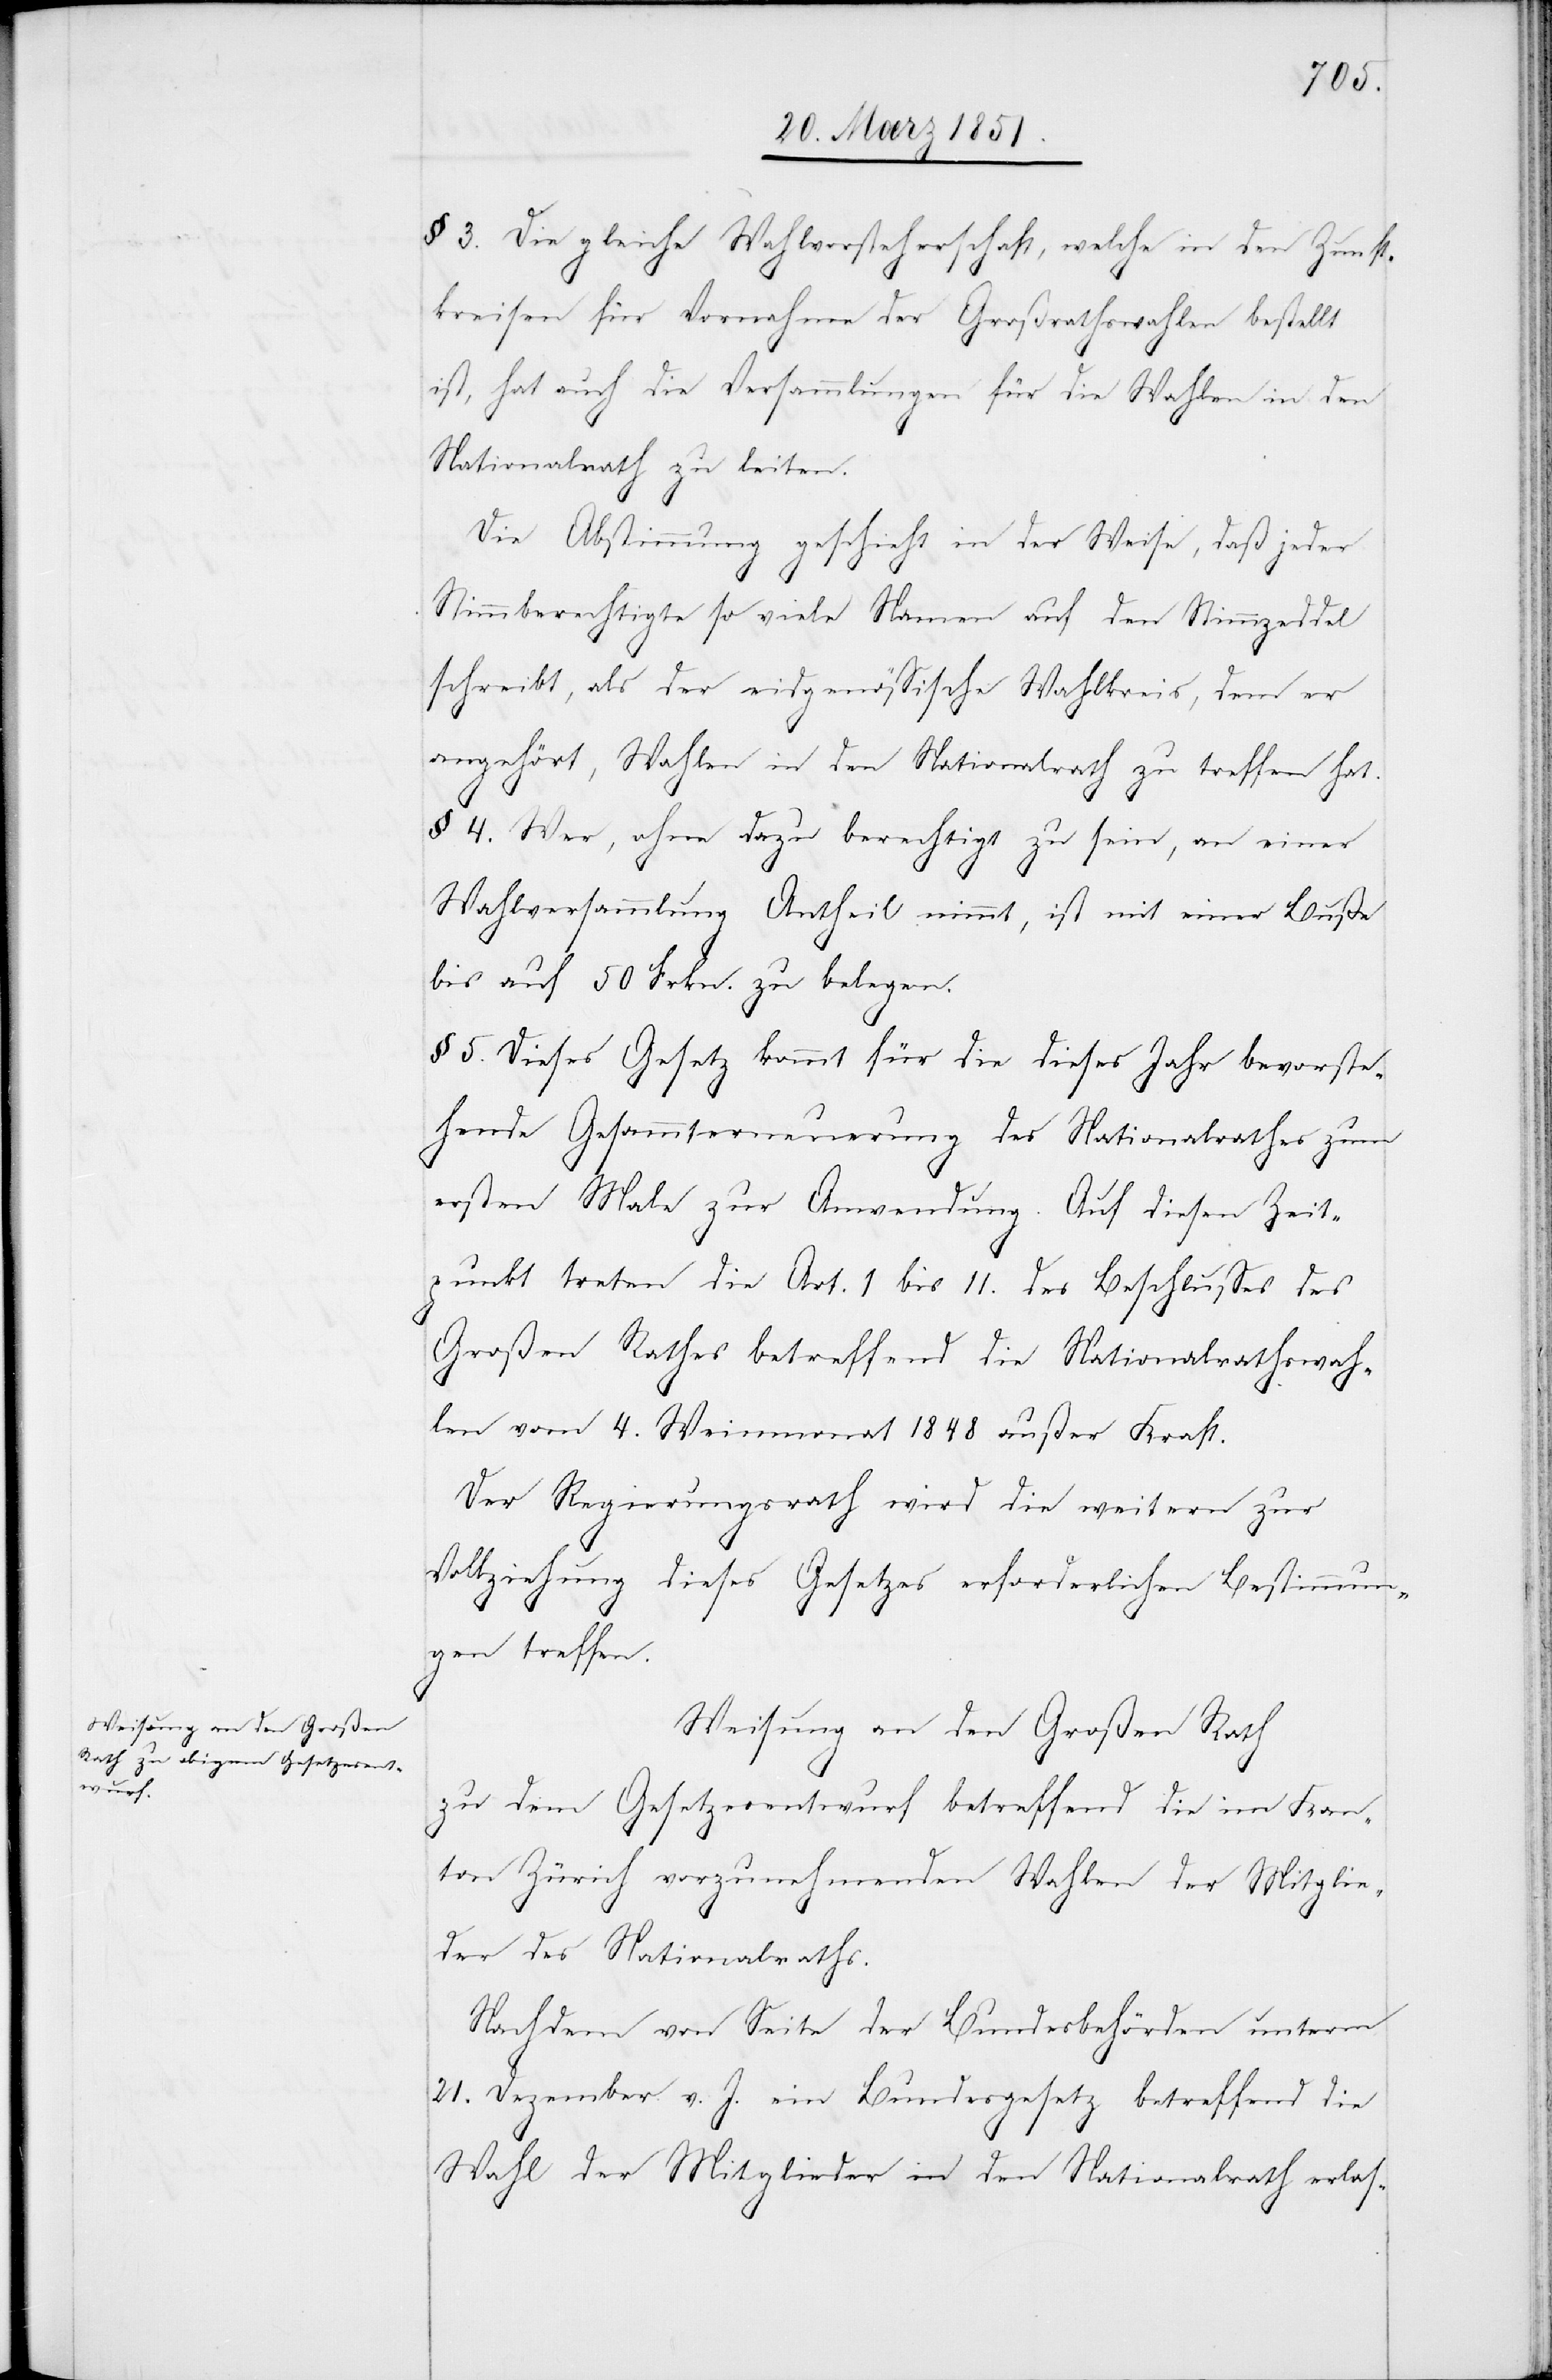
§ 3. Die gleiche Wahlvorsteherschaft, welche in den Zunft¬
kreisen für Vornahme der Großrathswahlen bestellt
ist, hat auch die Versammlungen für die Wahlen in den
Nationalrath zu leiten.
Die Abstimmung geschieht in der Weise, daß jeder
Stimmberechtigte so viele Namen auf den Stimmzeddel
schreibt, als der eidgenössische Wahlkreis, dem er
angehört, Wahlen in den Nationalrath zu treffen hat.
§ 4. Wer, ohne dazu berechtigt zu sein, an einer
Wahlversammlung Antheil nimmt, ist mit einer Buße
bis auf 50 Frkn. zu belegen.
§ 5. Dieses Gesetz kommt für die dieses Jahr bevorste¬
hende Gesammterneuerung des Nationalrathes zum
ersten Male zur Anwendung. Auf diesen Zeit¬
punkt treten die Art. 1 bis 11. des Beschlusses des
Großen Rathes betreffend die Nationalrathswah¬
len vom 4. Weinmonat 1848 außer Kraft.
Der Regierungsrath wird die weitern zur
Vollziehung dieses Gesetzes erforderlichen Bestimmun¬
gen treffen.